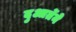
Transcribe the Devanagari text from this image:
दुआर्तेने